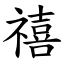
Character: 禧